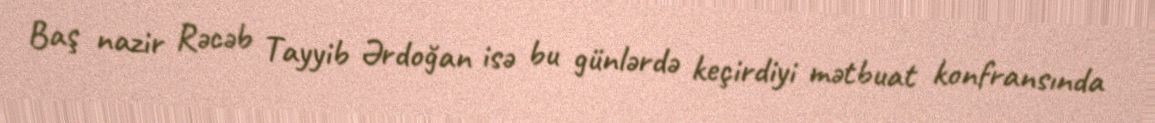
Baş nazir Rəcəb Tayyib Ərdoğan isə bu günlərdə keçirdiyi mətbuat konfransında